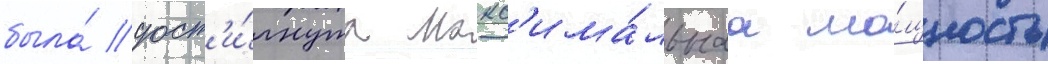
была́ дост'и́гнута макс'има́льнаа мо́щность